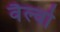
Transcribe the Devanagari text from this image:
वैल्वो